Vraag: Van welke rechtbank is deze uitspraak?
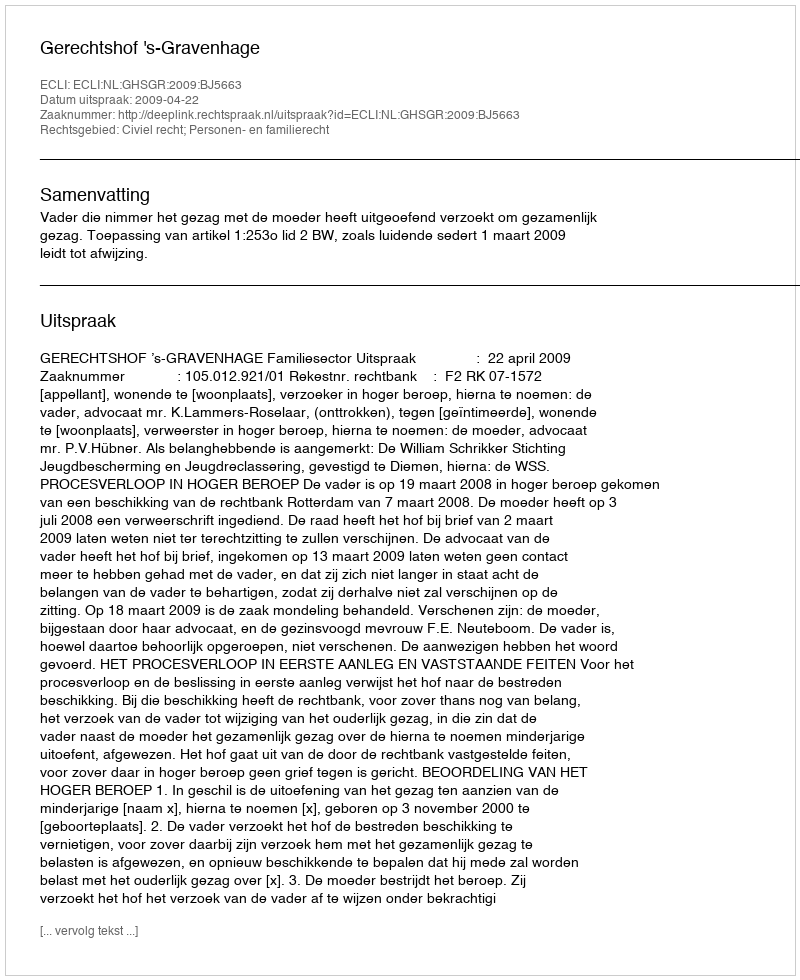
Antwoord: Gerechtshof 's-Gravenhage